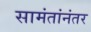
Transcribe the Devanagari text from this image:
सामंतांनंतर